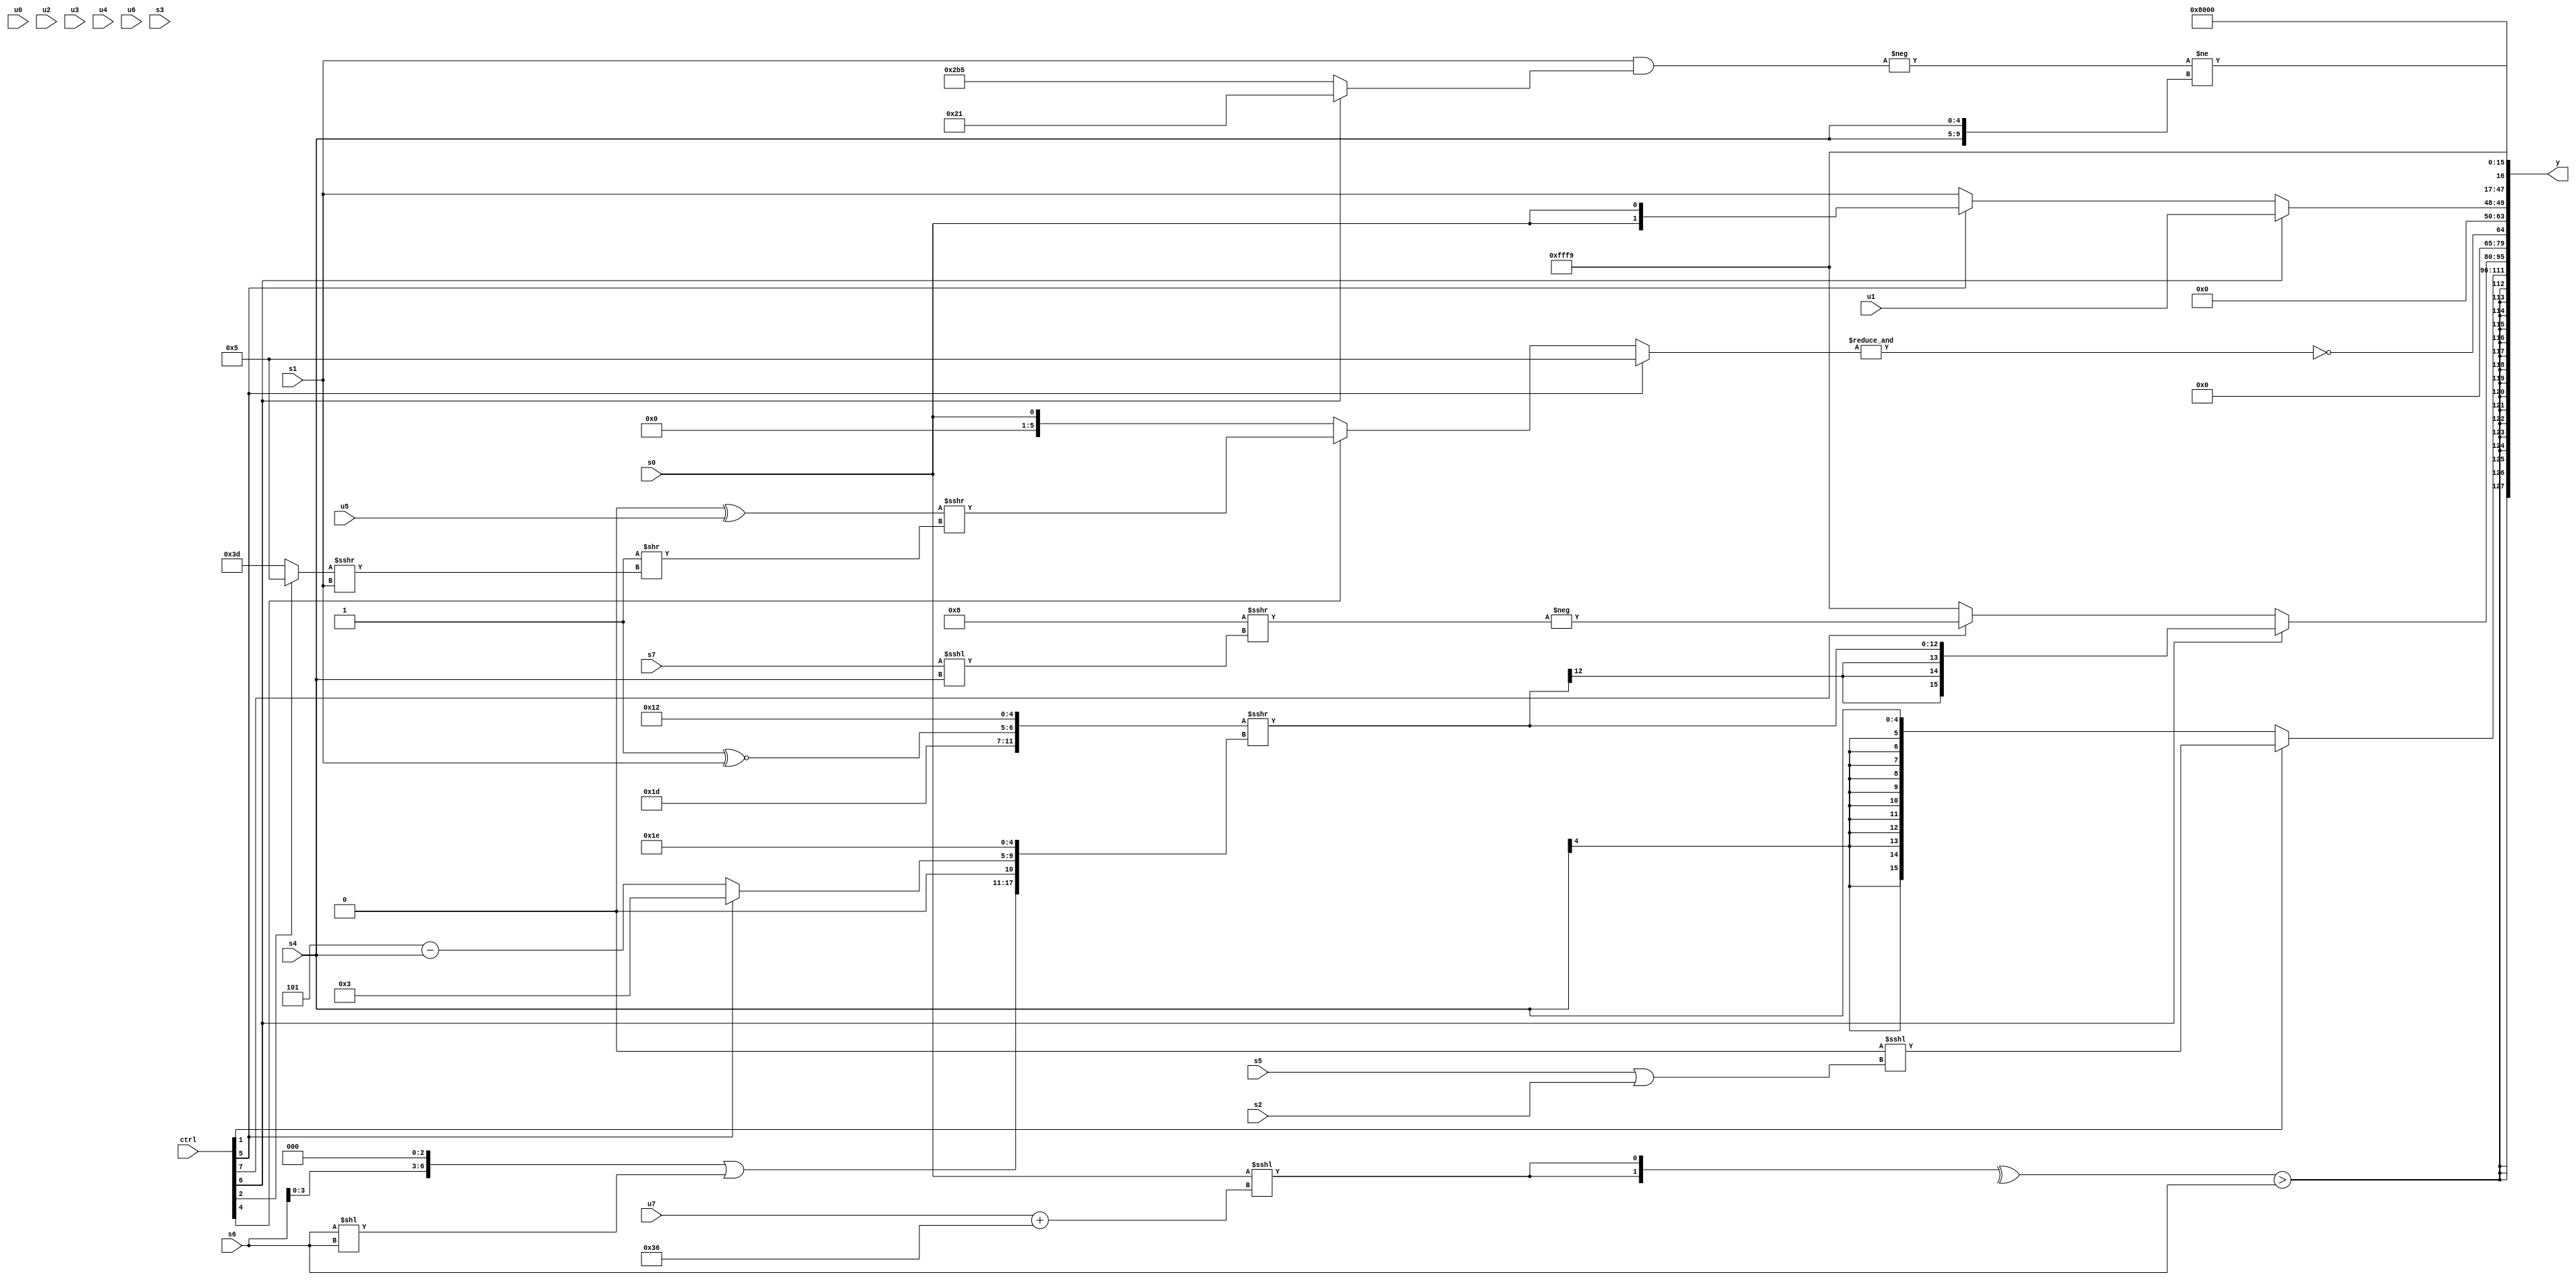
module wideexpr_00726(ctrl, u0, u1, u2, u3, u4, u5, u6, u7, s0, s1, s2, s3, s4, s5, s6, s7, y);
  input [7:0] ctrl;
  input [0:0] u0;
  input [1:0] u1;
  input [2:0] u2;
  input [3:0] u3;
  input [4:0] u4;
  input [5:0] u5;
  input [6:0] u6;
  input [7:0] u7;
  input signed [0:0] s0;
  input signed [1:0] s1;
  input signed [2:0] s2;
  input signed [3:0] s3;
  input signed [4:0] s4;
  input signed [5:0] s5;
  input signed [6:0] s6;
  input signed [7:0] s7;
  output [127:0] y;
  wire [15:0] y0;
  wire [15:0] y1;
  wire [15:0] y2;
  wire [15:0] y3;
  wire [15:0] y4;
  wire [15:0] y5;
  wire [15:0] y6;
  wire [15:0] y7;
  assign y = {y0,y1,y2,y3,y4,y5,y6,y7};
  assign y0 = $signed((^({2{(s0)<<<((u7)+(6'b110110))}}))>(s6));
  assign y1 = (ctrl[1]?(3'sb000)<<<((s5)|((s2)<<(((ctrl[6]?s2:4'sb0010))<<<(4'b1010)))):s4);
  assign y2 = (ctrl[6]?$signed(({{(6'b011101)+(1'sb0),(1'sb1)^~(s1),4'sb1001,$signed(1'sb0)}})>>>({((s6)<<<(3'sb011))|((s6)<<(s6)),1'sb0,(ctrl[5]?+(2'sb11):(3'b101)-(s4)),5'sb11110})):(ctrl[7]?(-((5'sb01000)>>>((s7)<<<(s4))))<<(($signed(+(u7)))>>(6'sb010110)):(ctrl[6]?(+(s6))>>>(((u1)>>(6'sb100011))<<(u1)):4'sb1001)));
  assign y3 = ~&((ctrl[5]?3'b101:(ctrl[4]?((1'b0)^(u5))>>>(-((1'sb1)>>((((ctrl[2]?6'sb000101:4'sb1101))>>(4'b0000))>>>(s1)))):+(s0))));
  assign y4 = (ctrl[6]?u1:$signed((ctrl[5]?s0:s1)));
  assign y5 = 2'sb01;
  assign y6 = (-((s1)&($signed((ctrl[6]?(4'sb1001)+(5'sb11000):{2{5'b10101}})))))!=(+(+({2{s4}})));
  assign y7 = 4'sb1001;
endmodule